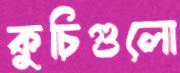
কুচিগুলো